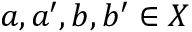
a , a ^ { \prime } , b , b ^ { \prime } \in X